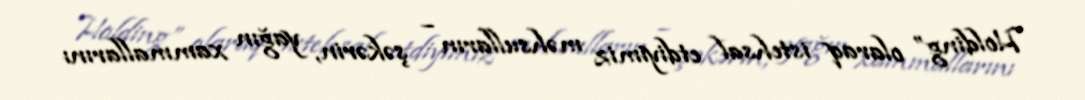
Holding” olaraq istehsal etdiyimiz məhsulların – şəkərin, yağın xammallarını